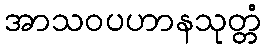
အာသဝပဟာနသုတ္တံ